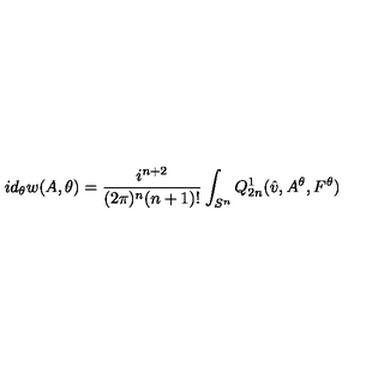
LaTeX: i d _ { \theta } w ( A , \theta ) = \frac { i ^ { n + 2 } } { ( 2 \pi ) ^ { n } ( n + 1 ) ! } \int _ { S ^ { n } } Q _ { 2 n } ^ { 1 } ( \hat { v } , A ^ { \theta } , F ^ { \theta } )